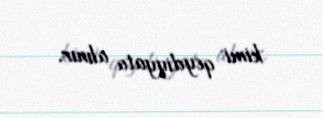
kimi qeydiyyata alınır.